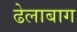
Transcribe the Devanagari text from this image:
ढेलाबाग